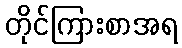
တိုင်ကြားစာအရ